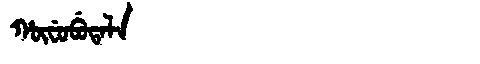
Manchu: ᡥᡡᠸᡠᠪᡠᡨᠠᠯᠠ
Romanization: HŪFUBUTALA